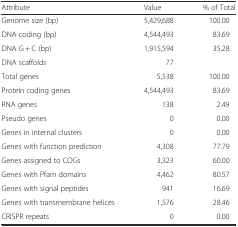
<table><thead><tr><td><b>Attribute</b></td><td><b>Value</b></td><td><b>% of Total</b></td></tr></thead><tbody><tr><td>Genome size (bp)</td><td>5,429,688</td><td>100.00</td></tr><tr><td>DNA coding (bp)</td><td>4,544,493</td><td>83.69</td></tr><tr><td>DNA G + C (bp)</td><td>1,915,594</td><td>35.28</td></tr><tr><td>DNA scaffolds</td><td>77</td><td></td></tr><tr><td>Total genes</td><td>5,538</td><td>100.00</td></tr><tr><td>Protein coding genes</td><td>4,544,493</td><td>83.69</td></tr><tr><td>RNA genes</td><td>138</td><td>2.49</td></tr><tr><td>Pseudo genes</td><td>0</td><td>0.00</td></tr><tr><td>Genes in internal clusters</td><td>0</td><td>0.00</td></tr><tr><td>Genes with function prediction</td><td>4,308</td><td>77.79</td></tr><tr><td>Genes assigned to COGs</td><td>3,323</td><td>60.00</td></tr><tr><td>Genes with Pfam domains</td><td>4,462</td><td>80.57</td></tr><tr><td>Genes with signal peptides</td><td>941</td><td>16.69</td></tr><tr><td>Genes with transmembrane helices</td><td>1,576</td><td>28.46</td></tr><tr><td>CRISPR repeats</td><td>0</td><td>0.00</td></tr></tbody></table>